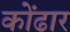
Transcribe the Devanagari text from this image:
कोंढार